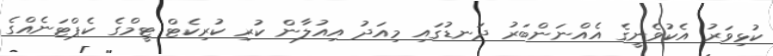
ކުޅިވަރު އެކުވެނީގެ އެއްނަންބަރު ދަނޑުގައި މިއަދު އިއުލާން ކުރި ކުރިކެޓް ޓީމްގެ ކެޕްޓަނެއްގެ